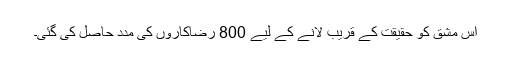
اس مشق کو حقیقت کے قریب لانے کے لیے 800 رضاکاروں کی مدد حاصل کی گئی۔